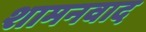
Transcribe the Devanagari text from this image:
शामनवाद